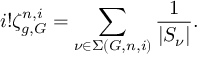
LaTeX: i ! \zeta _ { g , G } ^ { n , i } = \sum _ { \nu \in \Sigma ( G , n , i ) } \frac { 1 } { | S _ { \nu } | } .